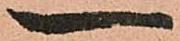
一